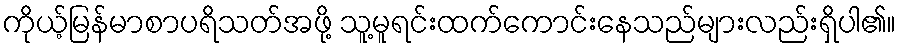
ကိုယ့်မြန်မာစာပရိသတ်အဖို့ သူ့မူရင်းထက်ကောင်းနေသည်များလည်းရှိပါ၏။